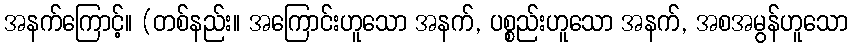
အနက်ကြောင့်။ (တစ်နည်း။ အကြောင်းဟူသော အနက်, ပစ္စည်းဟူသော အနက်, အစအမွန်ဟူသော